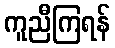
ကူညီကြရန်